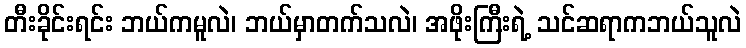
တီးခိုင်းရင်း ဘယ်ကမူလဲ၊ ဘယ်မှာတက်သလဲ၊ အဖိုးကြီးရဲ့ သင်ဆရာကဘယ်သူလဲ